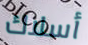
أسلاك